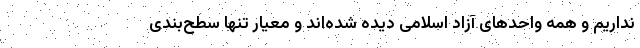
نداریم و همه واحدهای آزاد اسلامی دیده شده‌اند و معیار تنها سطح‌بندی